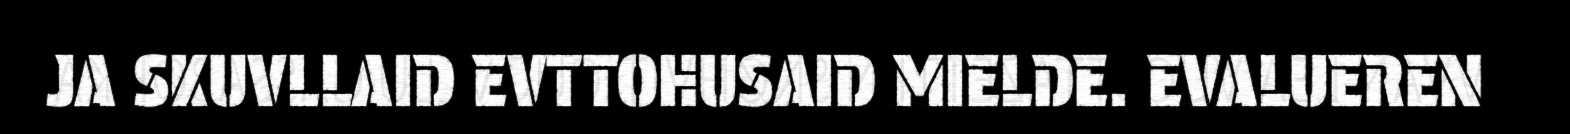
JA SKUVLLAID EVTTOHUSAID MIELDE. EVALUEREN